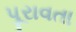
પૂરાવતા